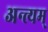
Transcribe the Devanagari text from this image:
अन्त्यम्